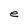
Character: e